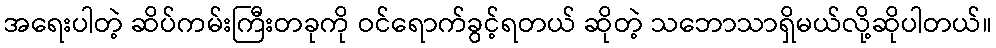
အရေးပါတဲ့ ဆိပ်ကမ်းကြီးတခုကို ဝင်ရောက်ခွင့်ရတယ် ဆိုတဲ့ သဘောသာရှိမယ်လို့ဆိုပါတယ်။